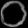
Digit: ၀